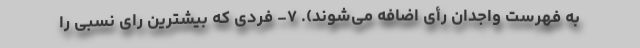
به فهرست واجدان رأی اضافه می‌شوند). ۷- فردی که بیشترین رای نسبی را